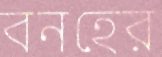
বনহের